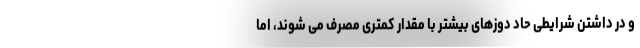
و در داشتن شرایطی حاد دوزهای بیشتر با مقدار کمتری مصرف می شوند، اما